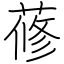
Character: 蓚